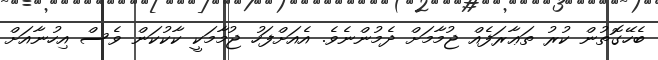
ބެހޭގޮތުން ކުރު ތަޢާރަފެއް ޖުމާމަށް ދެމުންނެވެ. އެއަށްފަހު ޖުމާމަކީ ކާކުކަން ވެސް އިހުނާއަށް